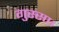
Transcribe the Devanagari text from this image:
गुस्सा।